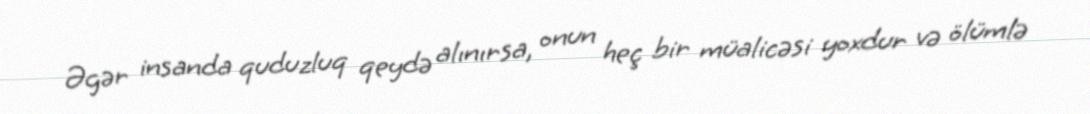
Əgər insanda quduzluq qeydə alınırsa, onun heç bir müalicəsi yoxdur və ölümlə